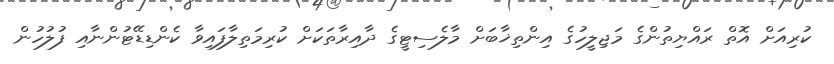
ކުރިއަށް އޮތް ރައްޔިތުންގެ މަޖިލީހުގެ އިންތިޚާބަށް މާލެސިޓީގެ ދާއިރާތަކަށް ކުރިމަތިލާފައިވާ ކެންޑިޑޭޓުންނާއި ފުލުހުން